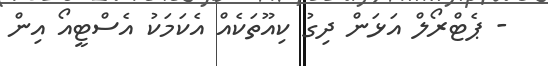
- ޕެޓްރޯލް އަޅަން ދިގު ކިއޫތަކެއް އެކަމަކު އެސްޓީއޯ އިން